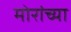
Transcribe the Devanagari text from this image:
मोरांच्या